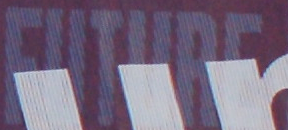
FUTHRE